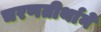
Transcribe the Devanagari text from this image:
चरणतीर्थाने